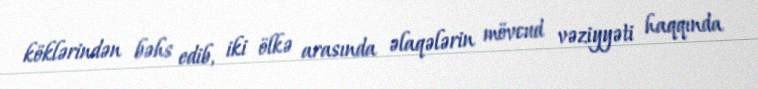
köklərindən bəhs edib, iki ölkə arasında əlaqələrin mövcud vəziyyəti haqqında